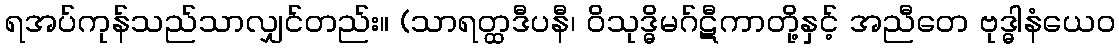
ရအပ်ကုန်သည်သာလျှင်တည်း။ (သာရတ္ထဒီပနီ၊ ဝိသုဒ္ဓိမဂ်ဋီကာတို့နှင့် အညီတေ ဗုဒ္ဓါနံယေဝ